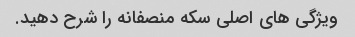
ویژگی های اصلی سکه منصفانه را شرح دهید.